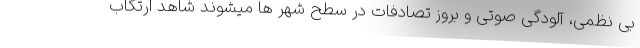
بی نظمی، آلودگی صوتی و بروز تصادفات در سطح شهر ها میشوند شاهد ارتکاب